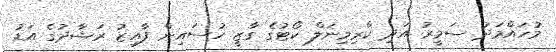
މުހައްމަދު ސަމީރު އަދި ކްރިމިނަލް ކޯޓުގެ ގާޒީ ހުސައިން ފާއިޒު ރަޝާދުގެ އަޑު